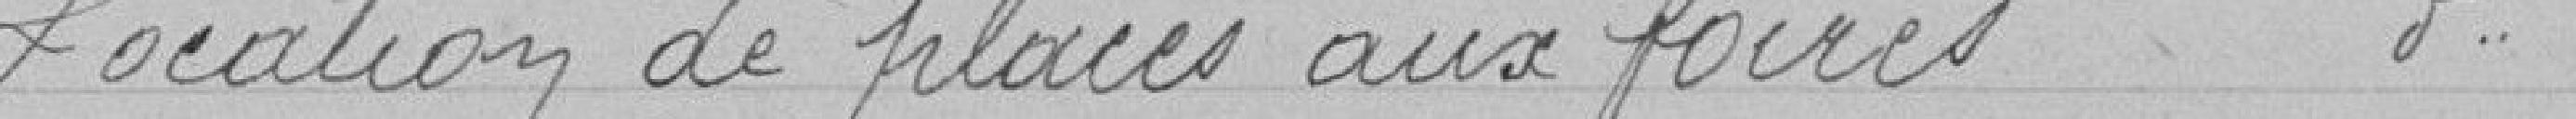
Location de places aux foires (Idem)